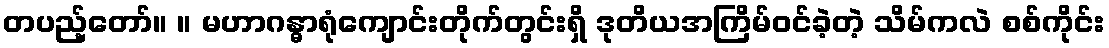
တပည့်တော်။ ။ မဟာဂန္ဓာရုံကျောင်းတိုက်တွင်းရှိ ဒုတိယအကြိမ်ဝင်ခဲ့တဲ့ သိမ်ကလဲ စစ်ကိုင်း